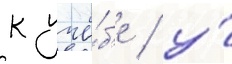
к учё́б'е / у́